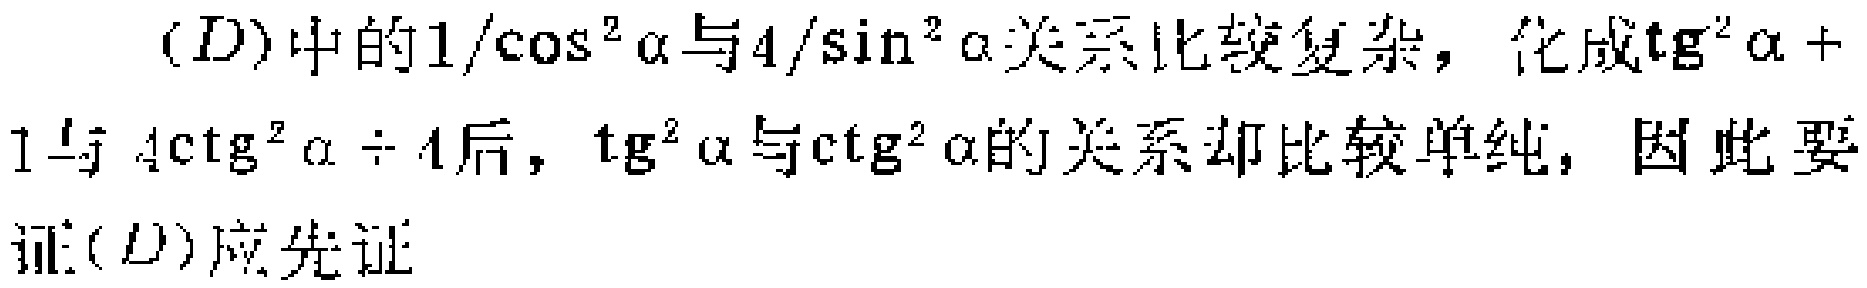
(D)中的\(1/\cos^{2}\alpha\)与\(4/\sin^{2}\alpha\)关系比较复杂，化成\(\mathrm{tg}^{2}\alpha + 1\)与\(4\mathrm{ctg}^{2}\alpha+4\)后，\(\mathrm{tg}^{2}\alpha\)与\(\mathrm{ctg}^{2}\alpha\)的关系却比较单纯，因此要证(D)应先证